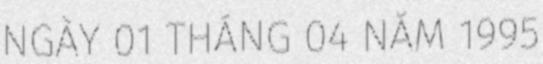
NGÀY 01 THÁNG 04 NĂM 1995